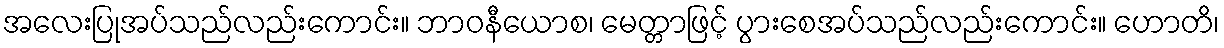
အလေးပြုအပ်သည်လည်းကောင်း။ ဘာဝနီယောစ၊ မေတ္တာဖြင့် ပွားစေအပ်သည်လည်းကောင်း။ ဟောတိ၊